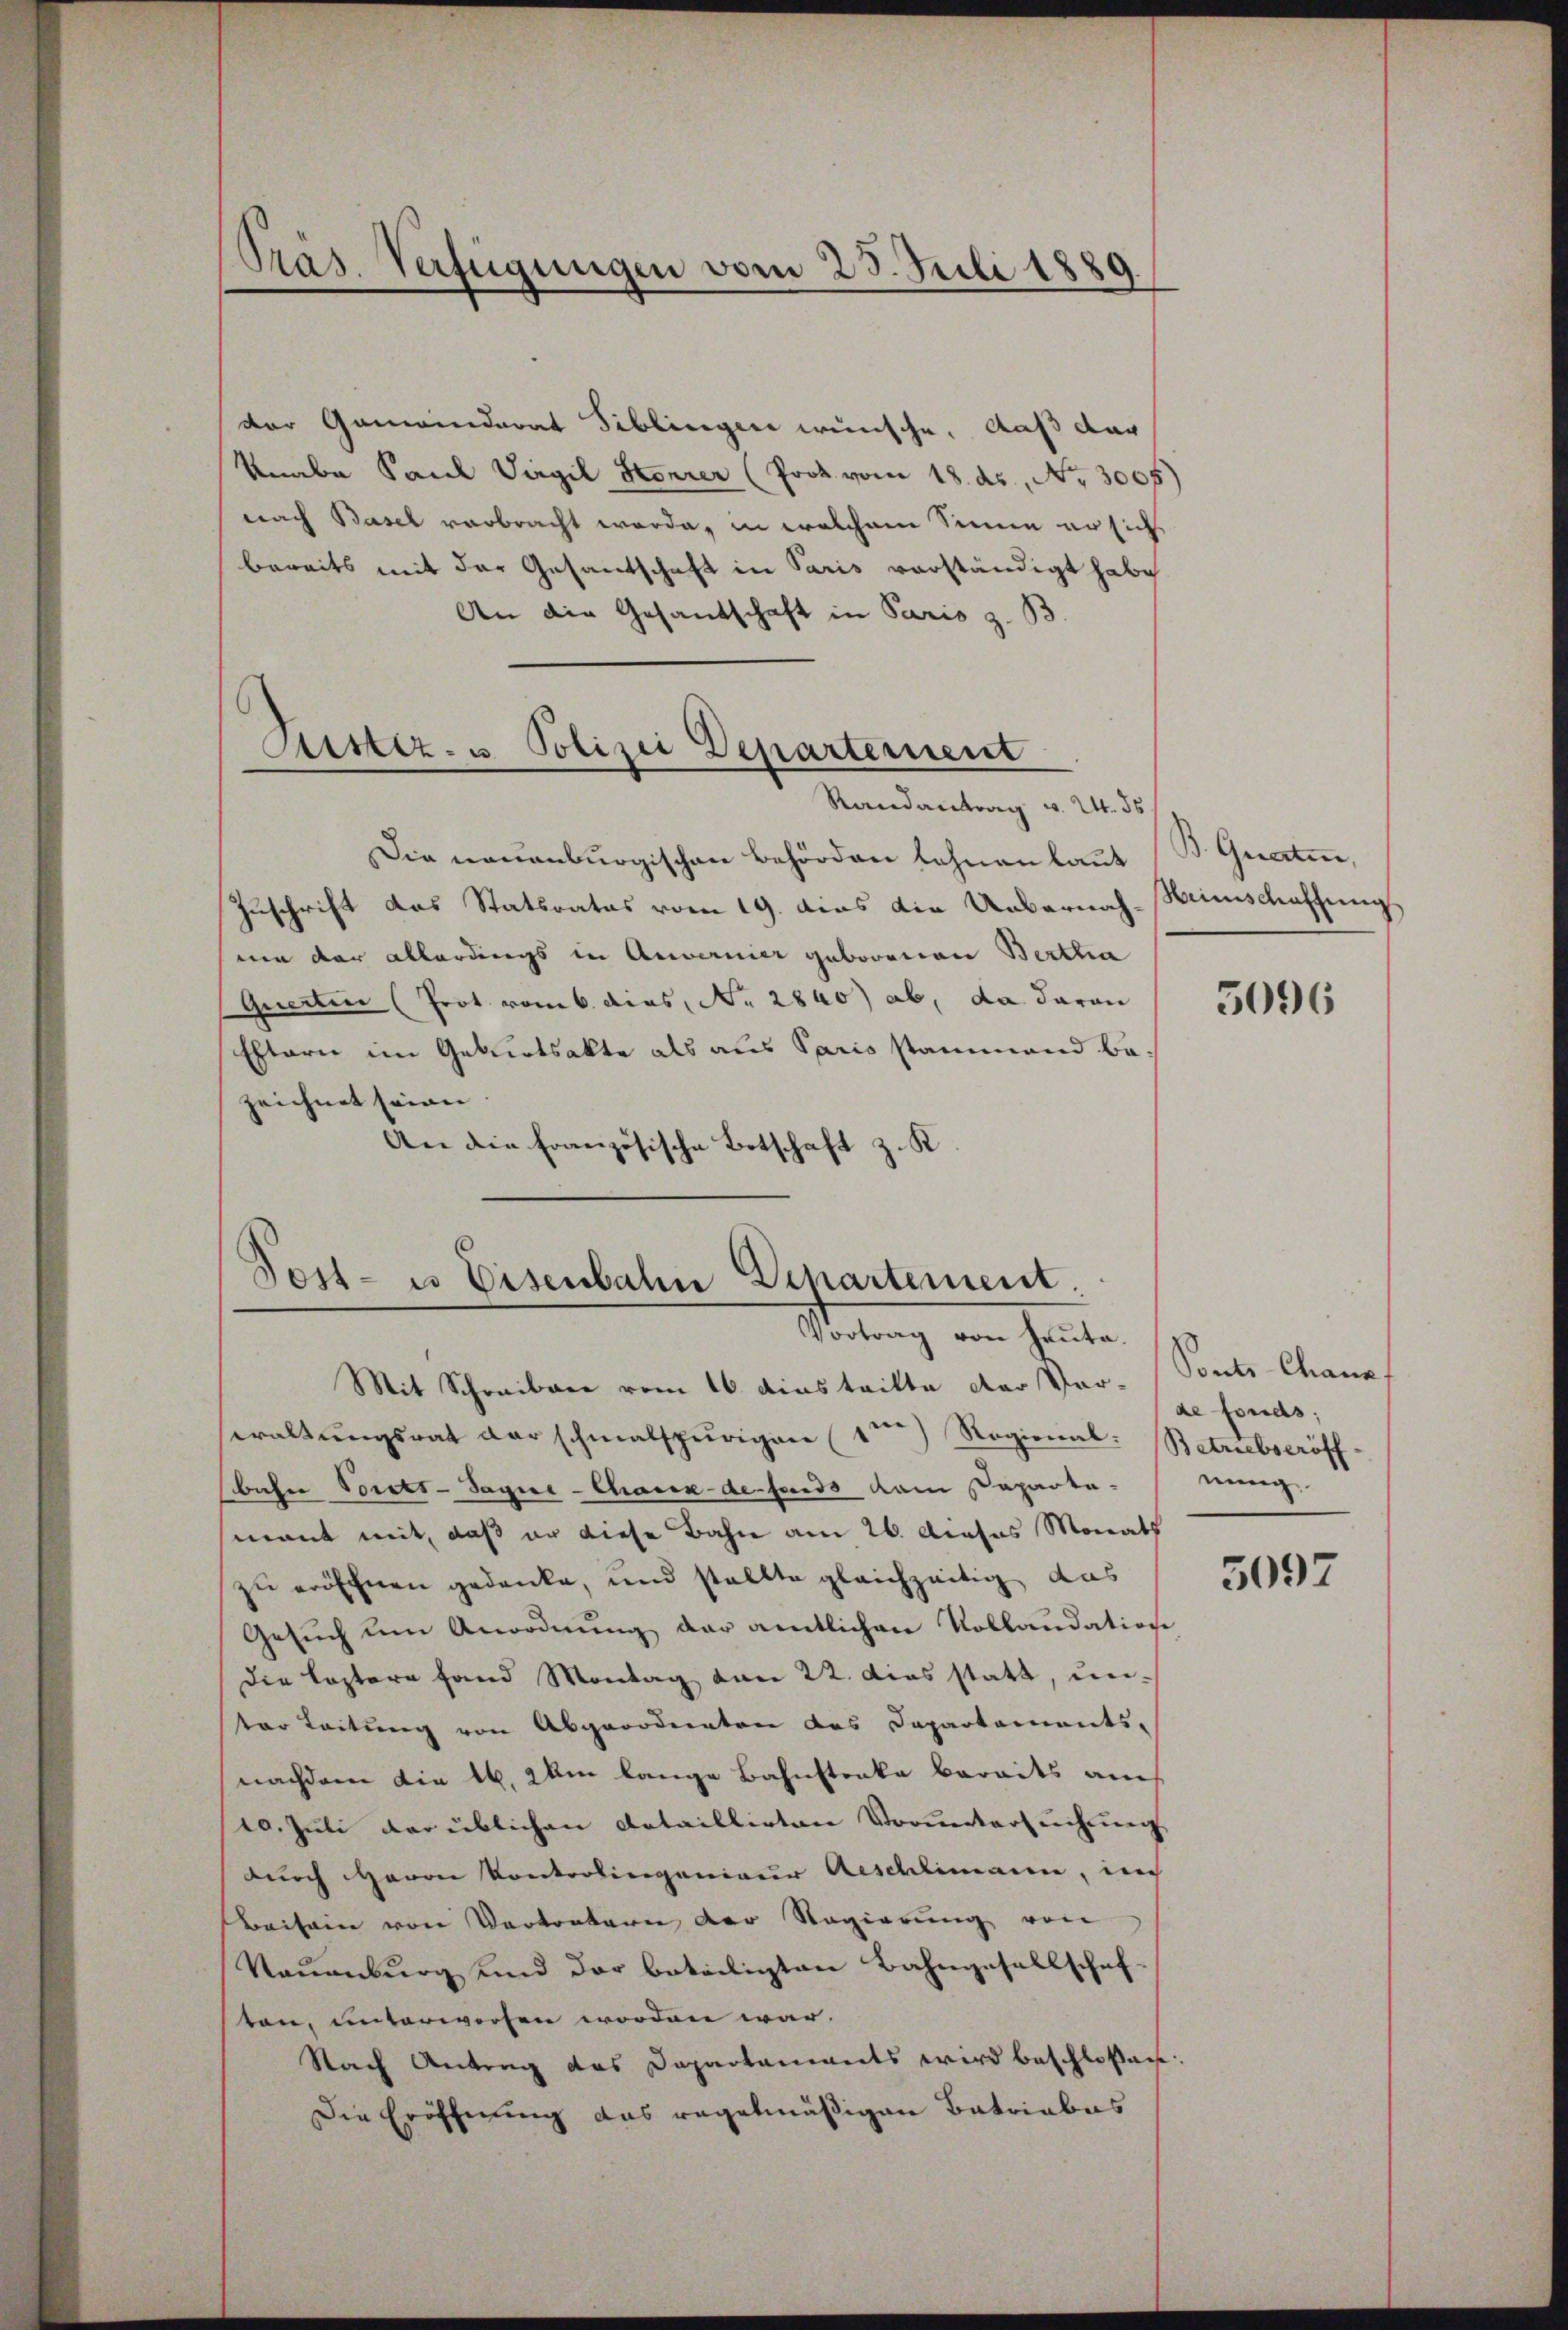
Präs. Verfügungen vom 25. Juli 1889

der Gemeinderat Biblingen wünsche. Daß dar
knabe Paul Virgil Korrer (Prok. vom 18. ds., Nr. 300f
nach Basel verbracht werde, in welchem Sinne er sich
bereits mit der Gesandschaft in Paris vorständigt habe.
An die Gesandschaft in Paris z. B.
Randantrag v. 24. ds.
Die neuenburgischen Behörden lehnen laut B. Quarten,
Zuschrift das Statsrates vom 19. das die Uebernah-Mimschaffung
nn der allerdings in Anvernier geborenen Berttia
Quertin (Prot. vom 6. dies, No. 2840) ab, da daran
Extern im Geburtsakte als aus Paris stammand bezeichnet seinen |
An die Französische Botschaft z. K

Astiz- u Polizei Departement

.
Sost- u Eisenbahn Departement.
Mortung von Heute
Mit Schreiben vom 16. Austritte der Ver- Sonts Chans

waltungsrat der schmalspurigen 1ter Regienal: Betriebseröff-
bahn Vorsts-Sagie-Chaux-de fonds kam Paparta-
mant mit, daß er diese Bahn am 26. Dieses Monats
zu eröfchnen gedanke, und stellte gleichzeitig das
Gesuch um Anordnung der amtlichen Kollaudation
Die leztere fand Montag von 22. dies statt, unter Leitung von Abgeordnenten des Departaments-
nachdem die 16. 20m lange Bahnstanke bereits auch
10. Juli dar üblichen Detaillirten Voruntersuchtung
durch Haron Kontrolingenieur Aeschlimann, in
Beisein von Vortretern der Regierung von
Neuenburg und der beteiligten Bahngesellschaf-
ton, unterworfen worden war.
Nach Antrag das Dapartaments wird beschloßen:
Die Eröffnung das regelmäßigen Betriebes

5096

de fonds;
nung

5097